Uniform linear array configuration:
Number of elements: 4
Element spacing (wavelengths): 0.75
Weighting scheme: uniform
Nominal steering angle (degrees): -45
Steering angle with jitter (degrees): -45.194
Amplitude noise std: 0.05
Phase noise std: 0.05

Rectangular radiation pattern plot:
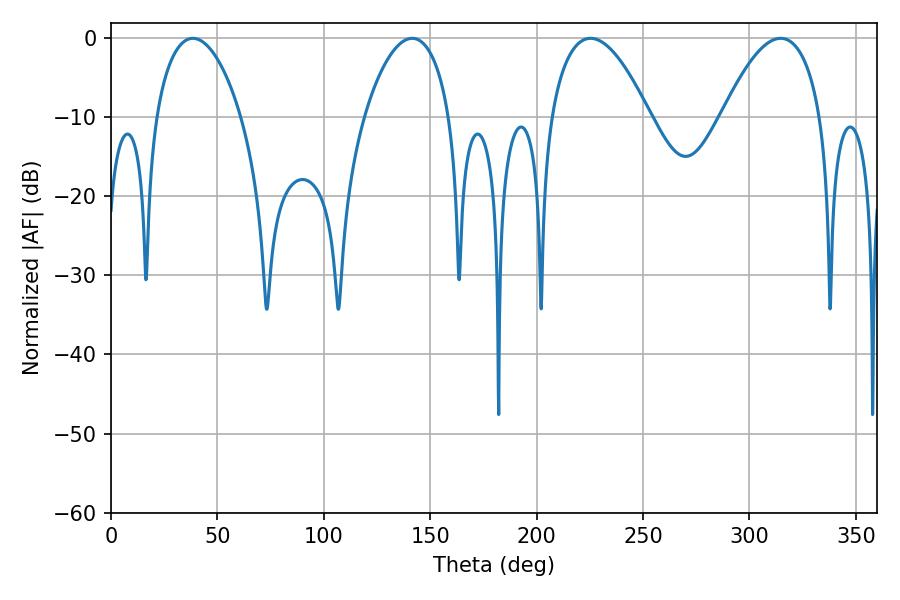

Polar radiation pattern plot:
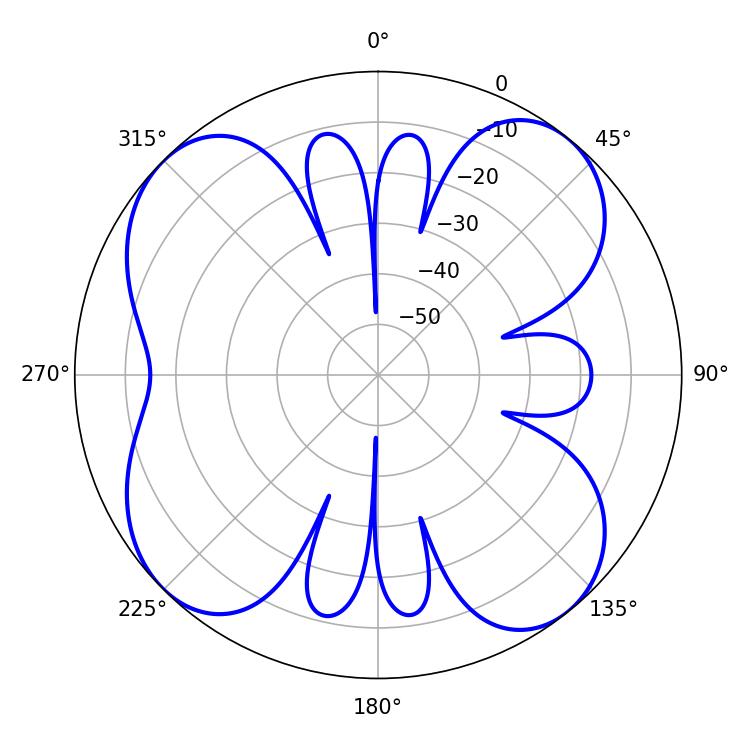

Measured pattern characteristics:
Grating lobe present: TRUE
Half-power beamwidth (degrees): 25.74
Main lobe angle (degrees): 225.36